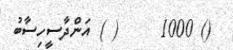
() 1000     ( ) އަންދާސީހިސާބު